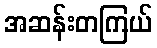
အဆန်းတကြယ်